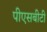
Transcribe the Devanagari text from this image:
पीएसबीटी